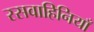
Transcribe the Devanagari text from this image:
रसवाहिनियाँ